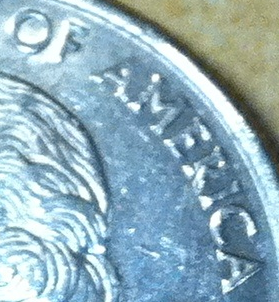
OF AMERICA